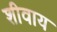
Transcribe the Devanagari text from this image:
शीवाय